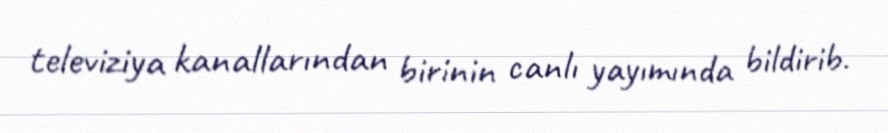
televiziya kanallarından birinin canlı yayımında bildirib.